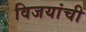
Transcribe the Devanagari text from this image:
विजयांची